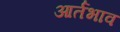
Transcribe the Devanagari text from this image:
आर्तभाव